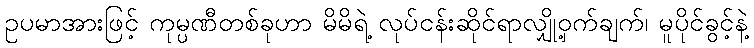
ဥပမာအားဖြင့် ကုမ္ပဏီတစ်ခုဟာ မိမိရဲ့ လုပ်ငန်းဆိုင်ရာလျှို့ဝှက်ချက်၊ မူပိုင်ခွင့်နဲ့